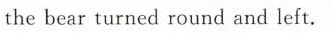
the bear turned round and left.